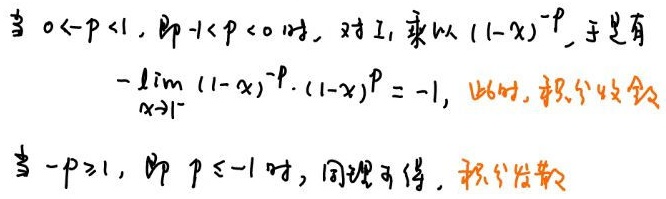
当 \( 0 < -p < 1 \)，即 \( -1 < p < 0 \) 时，对 \( I_1 \) 乘以 \( (1 - x)^{-p} \)，于是有
\[ -\lim_{x \to 1^{-}} (1 - x)^{-p} \cdot (1 - x)^{p} = -1, \]
此时，积分收敛。

当 \( -p \geq 1 \)，即 \( p \leq -1 \) 时，同理可得，积分发散。